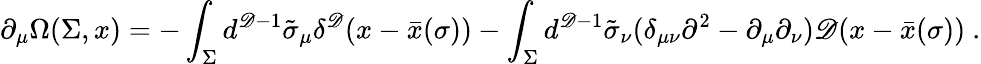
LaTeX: \partial_{\mu}\Omega(\Sigma,x)=-\int_{\Sigma}d^{\mathscr{D}-1}\tilde{{\sigma}}_{\mu}\delta^{\mathscr{D}}(x-\bar{{x}}(\sigma))-\int_{\Sigma}d^{\mathscr{D}-1}\tilde{{\sigma}}_{\nu}(\delta_{\mu\nu}\partial^{2}-\partial_{\mu}\partial_{\nu})\mathscr{D}(x-\bar{{x}}(\sigma))\ .